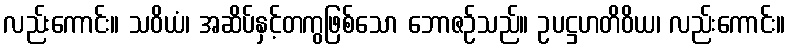
လည်းကောင်း။ သဝိယံ၊ အဆိပ်နှင့်တကွဖြစ်သော ဘောဇဉ်သည်။ ဥပဋ္ဌဟတိဝိယ၊ လည်းကောင်း။